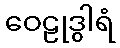
ဝေဠုဒွါရံ